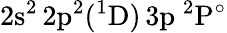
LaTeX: \mathrm{2s^{2}\, 2p^{2}(^{1}D)\, 3p~^{2}P^{\circ}}